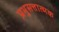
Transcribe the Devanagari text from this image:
प्रभुसत्तात्मक